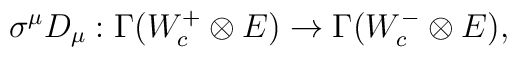
\sigma^\mu D_\mu :\Gamma(W^+_c\otimes E)\to \Gamma(W^-_c\otimes E),